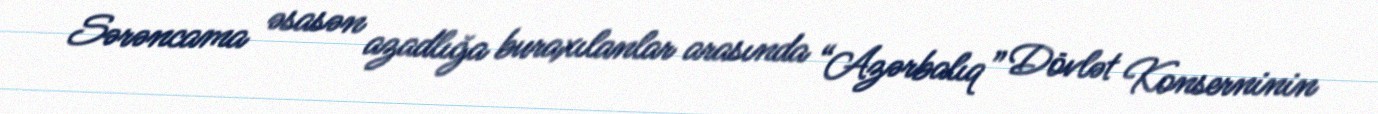
Sərəncama əsasən azadlığa buraxılanlar arasında “Azərbalıq” Dövlət Konserninin